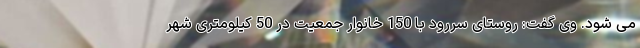
می شود. وی گفت: روستای سررود با 150 خانوار جمعیت در 50 کیلومتری شهر